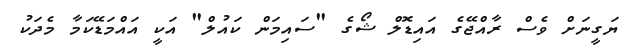
ޔަގީނަށް ވެސް ރާއްޖޭގެ އައިޑޮލް ޝޯގެ "ސައިމަން ކައުލް" އަކީ އައްމަޑޭކަމާ މެދަކު